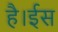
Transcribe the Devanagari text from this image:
है।ईस